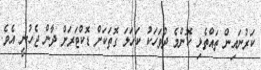
ކަރުނައިން ތައްތެޅި ކޮންމެ ދުވަހަކު ކަހަލަ ގޮތަކަށް ޑޮކްޓަރަށް ދާން ޖެހުނީ އެވެ.